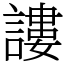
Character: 謱